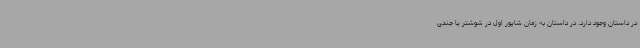
در داستان وجود دارد. در داستان به زمان شاپور اول در شوشتر یا جندی